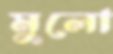
মুলো